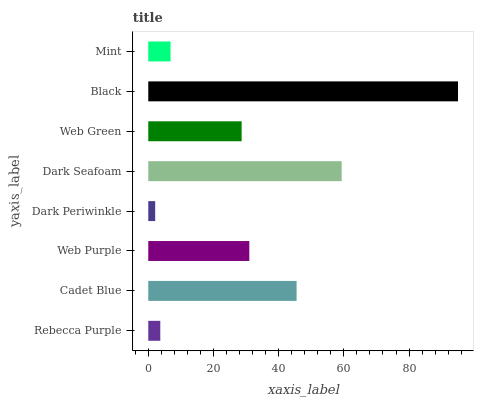
| yaxis_label | bars |
 | --- | --- |
 | Rebecca Purple | 3.69 |
 | Cadet Blue | 45.5 |
 | Web Purple | 31 |
 | Dark Periwinkle | 2.12 |
 | Dark Seafoam | 59.3 |
 | Web Green | 28.6 |
 | Black | 95 |
 | Mint | 6.83 |